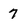
Character: 7